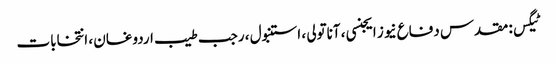
ٹیگس: مقدس دفاع نیوز ایجنسی ، آناتولی ، استنبول ، رجب طیب اردوغان ، انتخابات